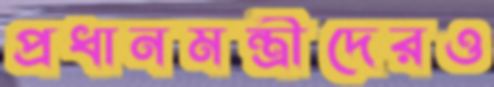
প্রধানমন্ত্রীদেরও